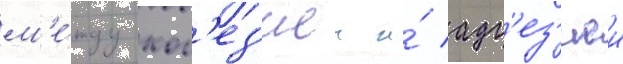
м'е́жду ког'ез'иеи и́ адг'ез'иеи